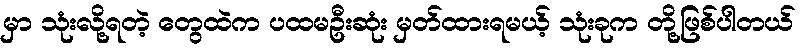
မှာ သုံးလို့ရတဲ့ တွေထဲက ပထမဦးဆုံး မှတ်ထားရမယ့် သုံးခုက တို့ဖြစ်ပါတယ်